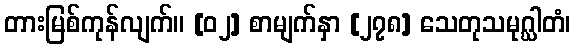
တားမြစ်ကုန်လျက်။ [၀၂] စာမျက်နှာ [၂၇၈] သေတုသမုဂ္ဃါတံ၊